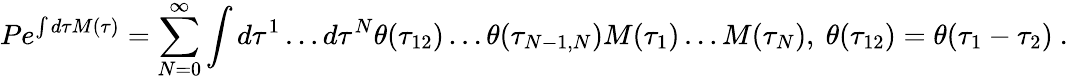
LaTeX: Pe^{\int d\tau M(\tau)}=\sum_{N=0}^{\infty}\int d\tau^{1}\dots d\tau^{N}\theta(\tau_{12})\dots\theta(\tau_{N-1,N})M(\tau_{1})\dots M(\tau_{N}),\ \theta(\tau_{12})=\theta(\tau_{1}-\tau_{2})\ .